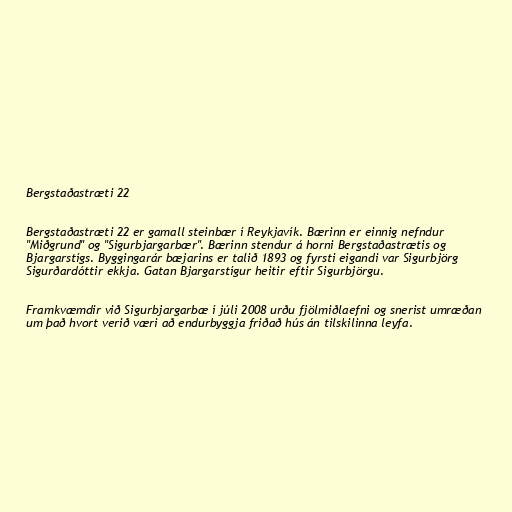
Bergstaðastræti 22

Bergstaðastræti 22 er gamall steinbær í Reykjavík. Bærinn er einnig nefndur
"Miðgrund" og "Sigurbjargarbær". Bærinn stendur á horni Bergstaðastrætis og
Bjargarstígs. Byggingarár bæjarins er talið 1893 og fyrsti eigandi var Sigurbjörg
Sigurðardóttir ekkja. Gatan Bjargarstígur heitir eftir Sigurbjörgu.

Framkvæmdir við Sigurbjargarbæ í júli 2008 urðu fjölmiðlaefni og snerist umræðan
um það hvort verið væri að endurbyggja friðað hús án tilskilinna leyfa.